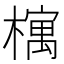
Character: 𣛡